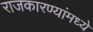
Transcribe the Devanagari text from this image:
राजकारण्यांमध्ये